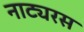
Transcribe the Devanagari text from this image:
नाट्यरस